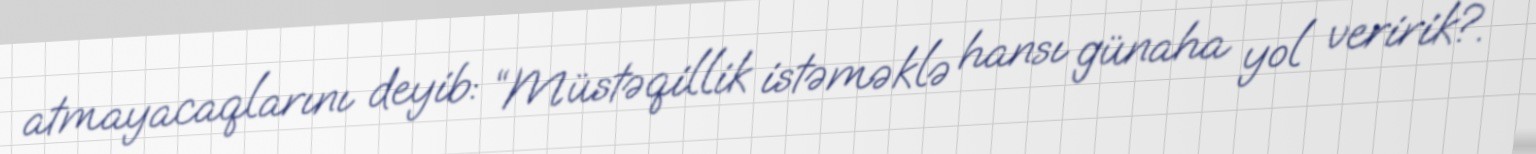
atmayacaqlarını deyib: “Müstəqillik istəməklə hansı günaha yol veririk?.